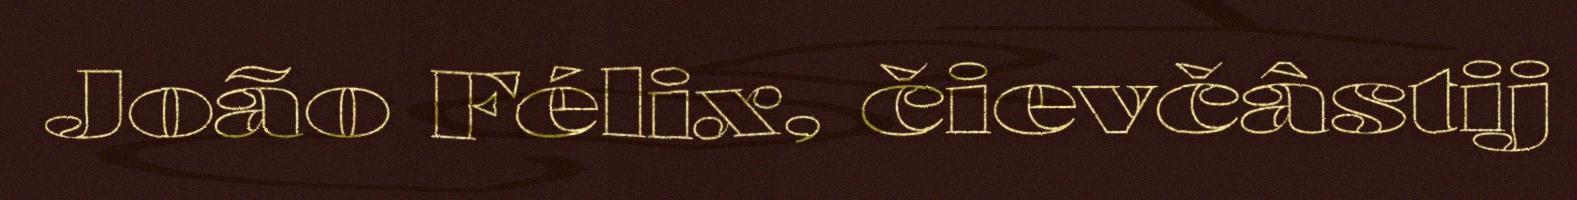
João Félix, čievčâstij